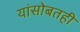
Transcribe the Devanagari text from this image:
यांसोबतही